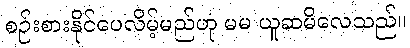
စဉ်းစားနိုင်ပေလိမ့်မည်ဟု မမ ယူဆမိလေသည်။